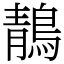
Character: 鶄